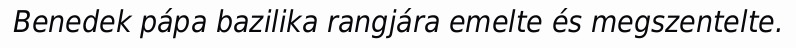
Benedek pápa bazilika rangjára emelte és megszentelte.